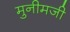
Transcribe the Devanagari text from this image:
मुनीमजी